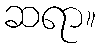
ဆရာ။